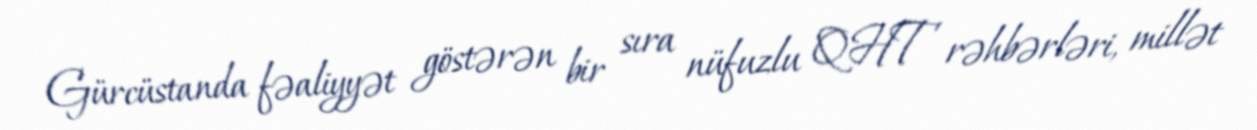
Gürcüstanda fəaliyyət göstərən bir sıra nüfuzlu QHT rəhbərləri, millət